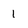
Character: 1